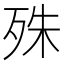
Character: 殊